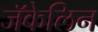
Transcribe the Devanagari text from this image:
जॅकेलिन